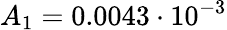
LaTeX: A_{1}=0.0043\cdot 10^{-3}